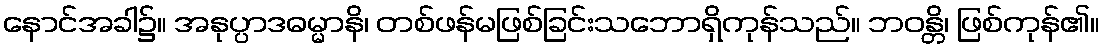
နောင်အခါ၌။ အနုပ္ပာဒဓမ္မာနိ၊ တစ်ဖန်မဖြစ်ခြင်းသဘောရှိကုန်သည်။ ဘဝန္တိ၊ ဖြစ်ကုန်၏။